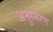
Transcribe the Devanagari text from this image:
अनुस्मरण